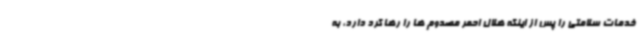
خدمات سلامتی را پس از اینکه هلال احمر مصدوم ها را رها کرد دارد، به